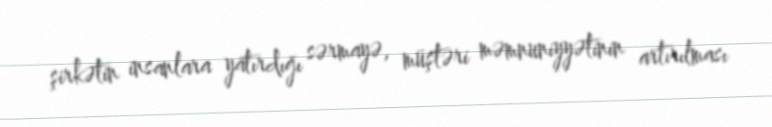
şirkətin insanlara yatırdığı sərmayə, müştəri məmnuniyyətinin artırılması